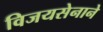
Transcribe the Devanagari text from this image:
विजयसेनाने